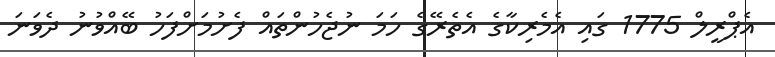
އެޕްރީލް 1775 ގައި އެމެރިކާގެ އެތެރޭގެ ހަމަ ނުޖެހުންތައް ފެށުމަށްފަހު ބޭއްވުނު ދެވަނަ